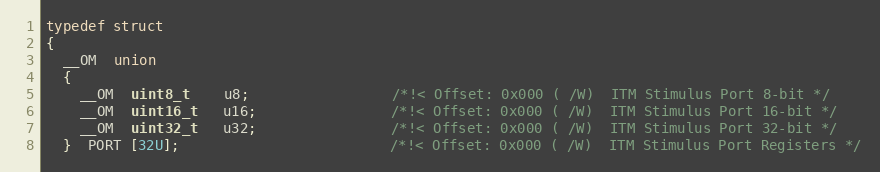
Language: C
typedef struct
{
  __OM  union
  {
    __OM  uint8_t    u8;                 /*!< Offset: 0x000 ( /W)  ITM Stimulus Port 8-bit */
    __OM  uint16_t   u16;                /*!< Offset: 0x000 ( /W)  ITM Stimulus Port 16-bit */
    __OM  uint32_t   u32;                /*!< Offset: 0x000 ( /W)  ITM Stimulus Port 32-bit */
  }  PORT [32U];                         /*!< Offset: 0x000 ( /W)  ITM Stimulus Port Registers */